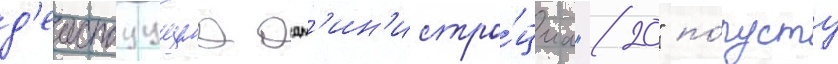
д'еиствуущаа адм'ин'истра́циа "20" по́пусту